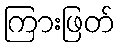
ကြားဖြတ်